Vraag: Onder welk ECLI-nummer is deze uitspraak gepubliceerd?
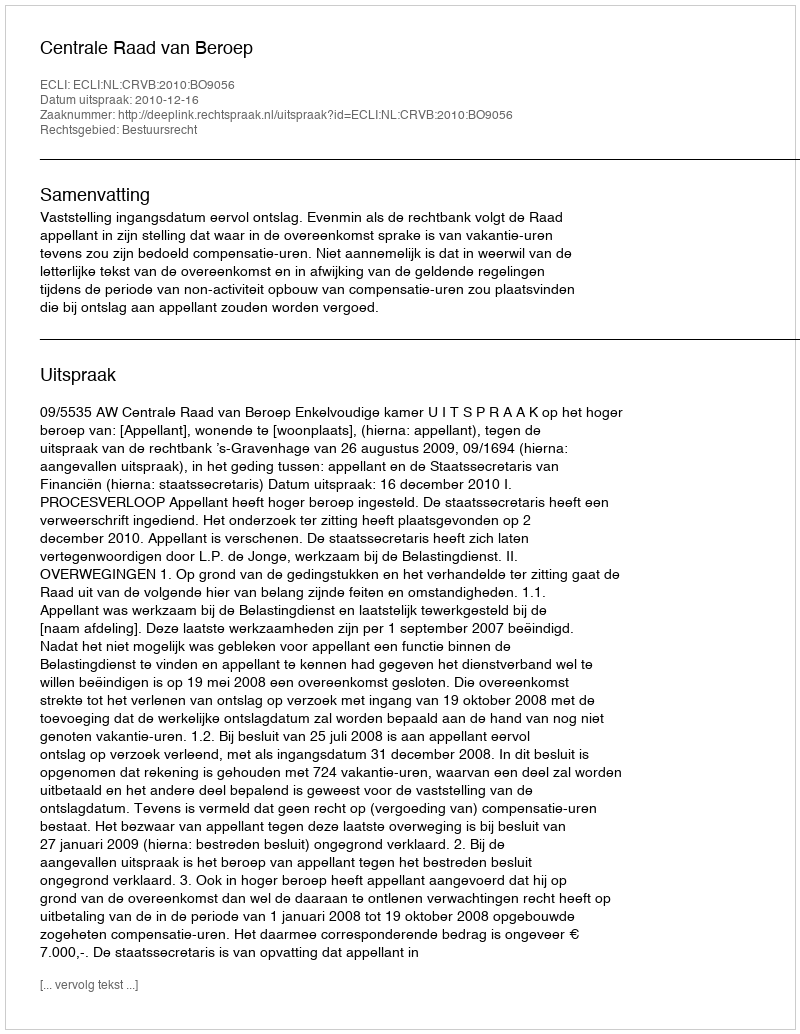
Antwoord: ECLI:NL:CRVB:2010:BO9056